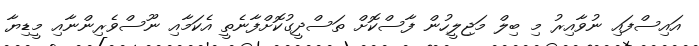
އައިސްފައި ނުވާއިރު މި ބިލް މަޖިލީހުން ފާސްކޮށް ތަސްދީގުކޮށްފާނެތީ އެކަމާއި ނޫސްވެރިންނާއި މީޑިޔާ